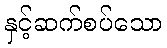
နှင့်ဆက်စပ်သော